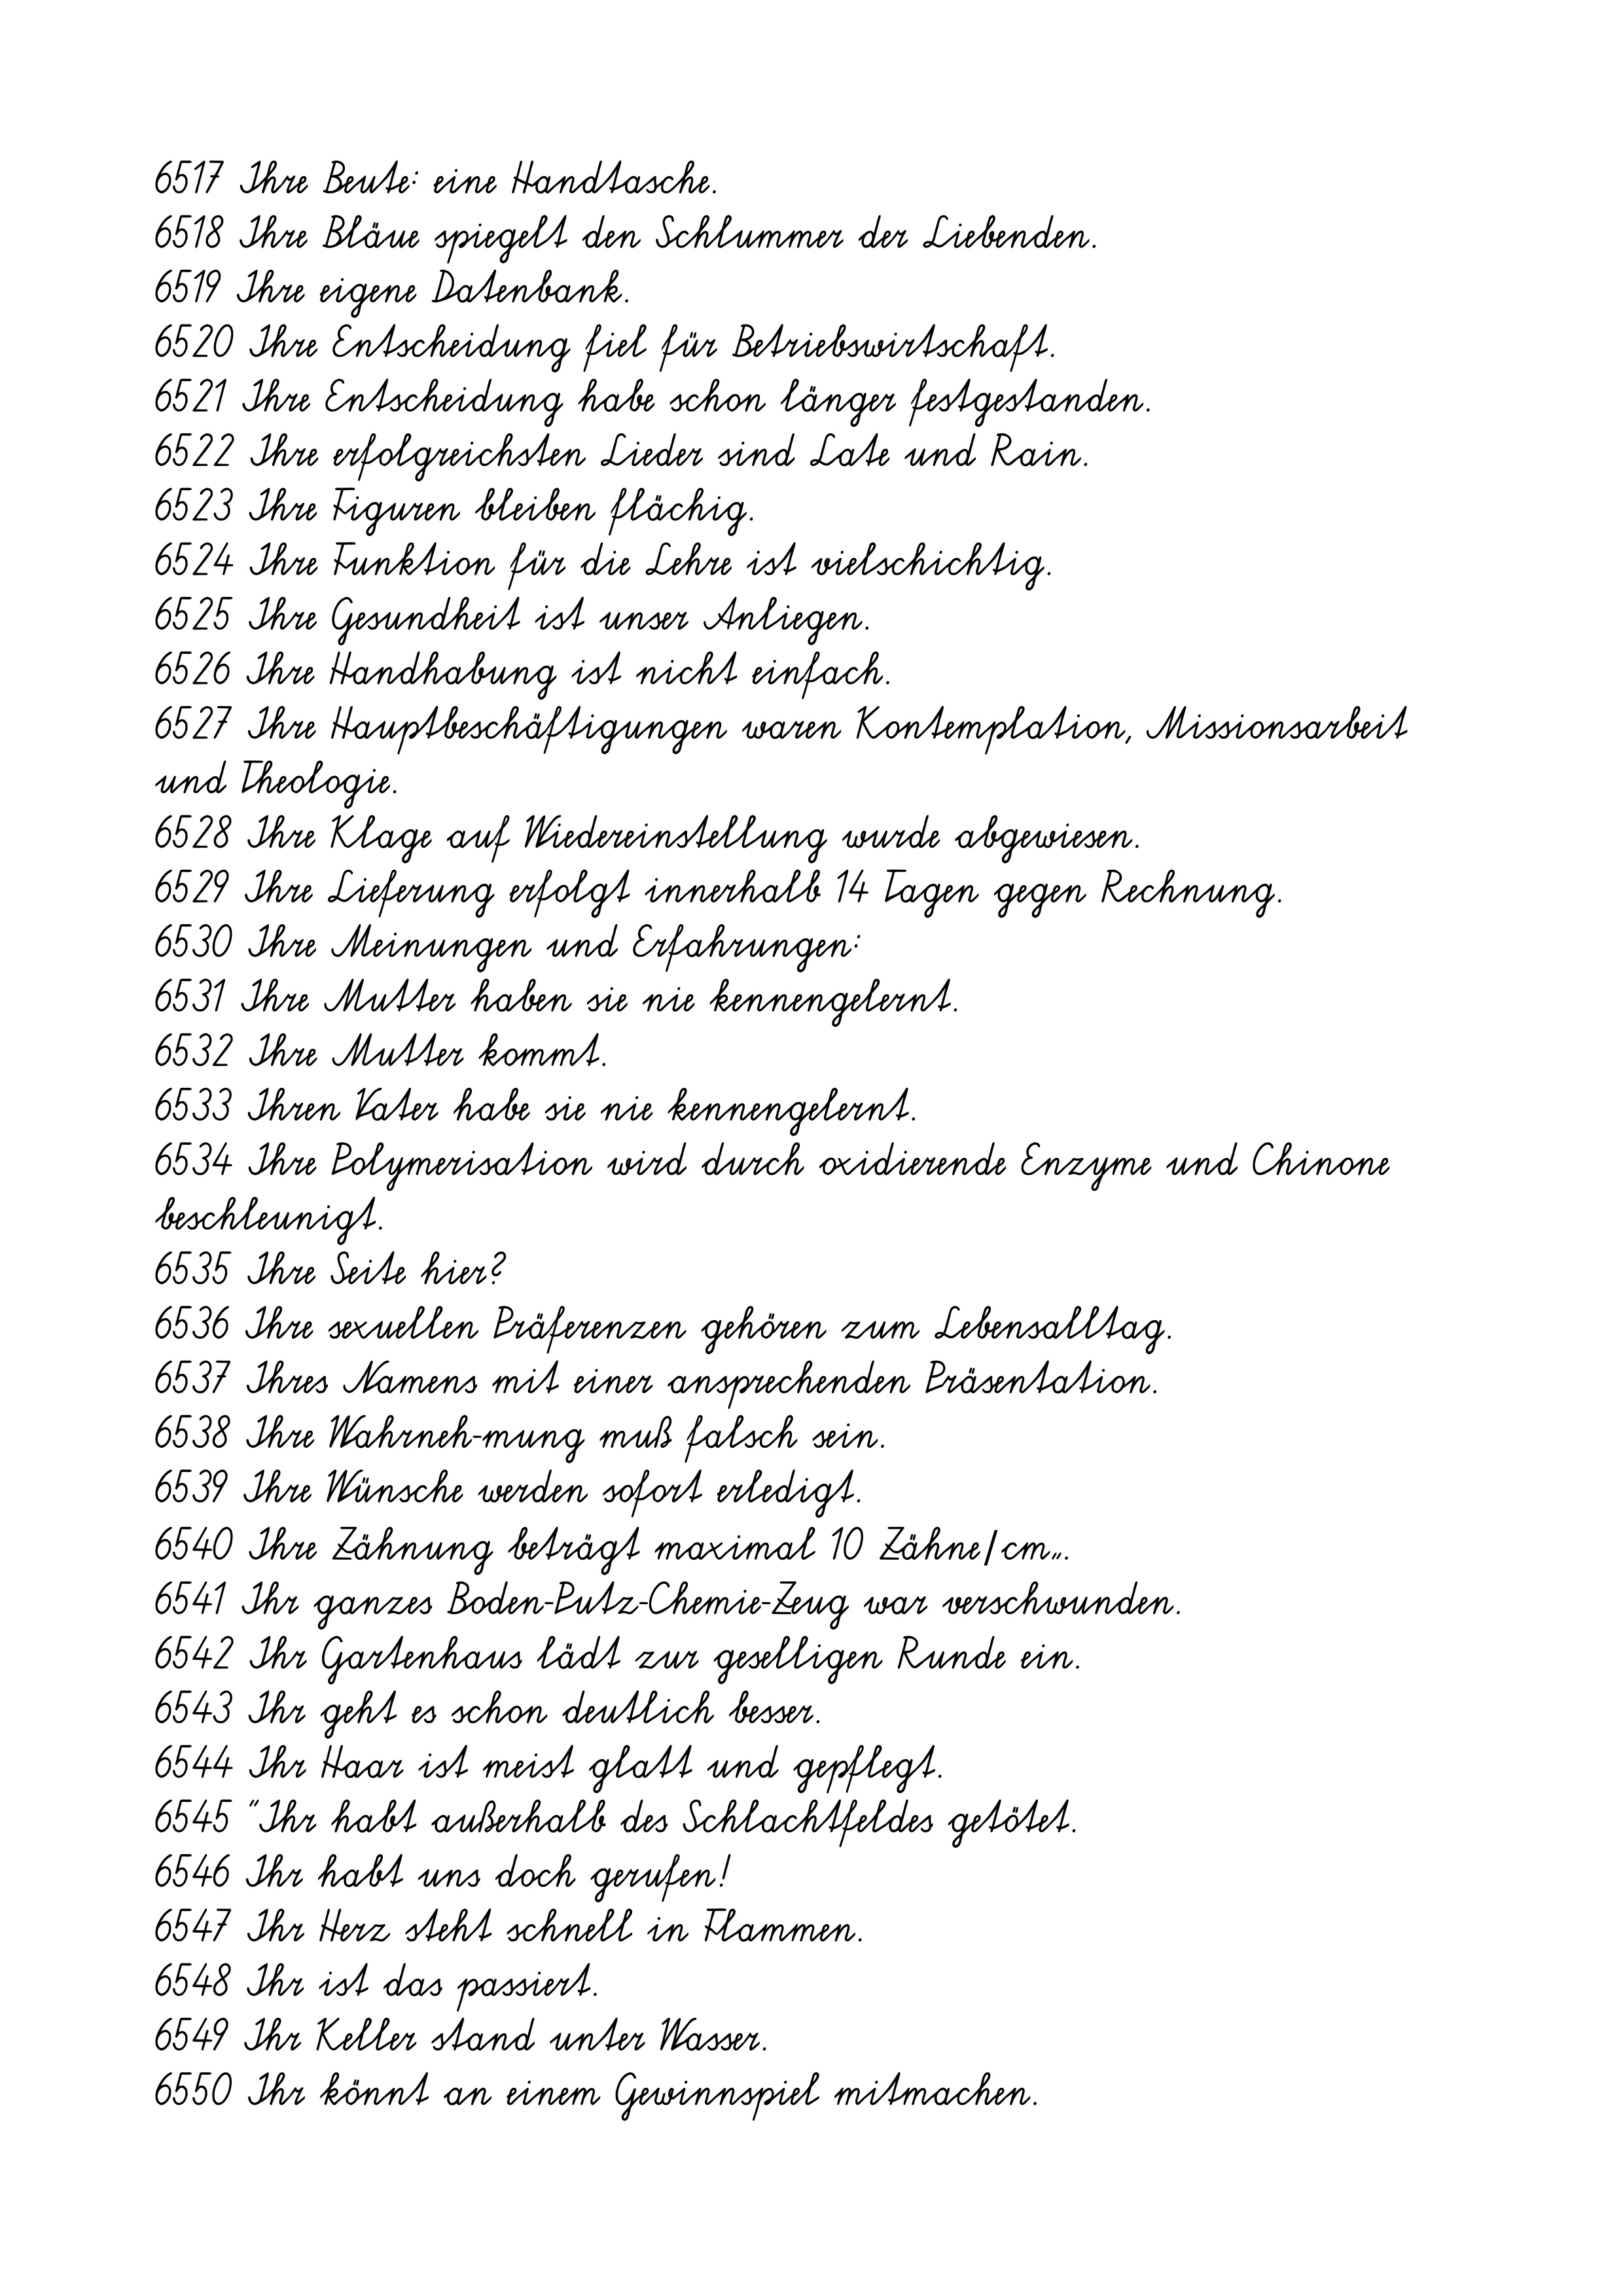
6517 Ihre Beute: eine Handtasche.
6518 Ihre Bläue spiegelt den Schlummer der Liebenden.
6519 Ihre eigene Datenbank.
6520 Ihre Entscheidung fiel für Betriebswirtschaft.
6521 Ihre Entscheidung habe schon länger festgestanden.
6522 Ihre erfolgreichsten Lieder sind Late und Rain.
6523 Ihre Figuren bleiben flächig.
6524 Ihre Funktion für die Lehre ist vielschichtig.
6525 Ihre Gesundheit ist unser Anliegen.
6526 Ihre Handhabung ist nicht einfach.
6527 Ihre Hauptbeschäftigungen waren Kontemplation, Missionsarbeit
und Theologie.
6528 Ihre Klage auf Wiedereinstellung wurde abgewiesen.
6529 Ihre Lieferung erfolgt innerhalb 14 Tagen gegen Rechnung.
6530 Ihre Meinungen und Erfahrungen:
6531 Ihre Mutter haben sie nie kennengelernt.
6532 Ihre Mutter kommt.
6533 Ihren Vater habe sie nie kennengelernt.
6534 Ihre Polymerisation wird durch oxidierende Enzyme und Chinone
beschleunigt.
6535 Ihre Seite hier?
6536 Ihre sexuellen Präferenzen gehören zum Lebensalltag.
6537 Ihres Namens mit einer ansprechenden Präsentation.
6538 Ihre Wahrneh-mung muß falsch sein.
6539 Ihre Wünsche werden sofort erledigt.
6540 Ihre Zähnung beträgt maximal 10 Zähne/cm².
6541 Ihr ganzes Boden-Putz-Chemie-Zeug war verschwunden.
6542 Ihr Gartenhaus lädt zur geselligen Runde ein.
6543 Ihr geht es schon deutlich besser.
6544 Ihr Haar ist meist glatt und gepflegt.
6545 "Ihr habt außerhalb des Schlachtfeldes getötet.
6546 Ihr habt uns doch gerufen!
6547 Ihr Herz steht schnell in Flammen.
6548 Ihr ist das passiert.
6549 Ihr Keller stand unter Wasser.
6550 Ihr könnt an einem Gewinnspiel mitmachen.